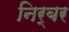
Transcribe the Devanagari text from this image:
निर्बर